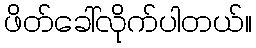
ဖိတ်ခေါ်လိုက်ပါတယ်။